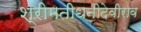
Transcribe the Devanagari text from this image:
श्रीमतीधनीदेवीराव